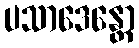
ပသာဒေန္တော